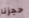
حجزنا